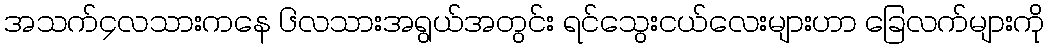
အသက်၄လသားကနေ ၆လသားအရွယ်အတွင်း ရင်သွေးငယ်လေးများဟာ ခြေလက်များကို